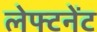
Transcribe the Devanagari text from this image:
लेफ्टनेंट